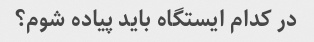
در کدام ایستگاه باید پیاده شوم؟